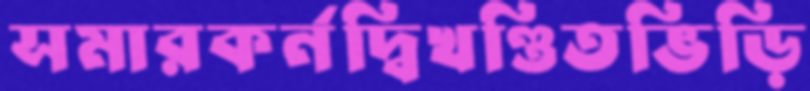
সমারকর্নদ্বিখণ্ডিতভিড়ি